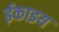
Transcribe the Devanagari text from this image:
ईकाइय